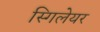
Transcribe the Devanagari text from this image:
स्गिलेयर